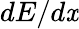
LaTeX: dE/d\mathit{x}